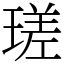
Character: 瑳